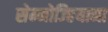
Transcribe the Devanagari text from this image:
सेम्मोज्हियाना